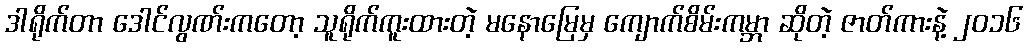
ဒါရိုက်တာ ဒေါင်လွဏ်းကတော့ သူရိုက်ကူးထားတဲ့ မနောမြေမှ ကျောက်စိမ်းကမ္ဘာ ဆိုတဲ့ ဇာတ်ကားနဲ့ ၂၀၁၆